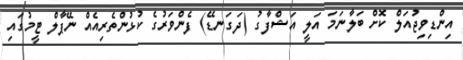
އިންޑިވިޖުއަލް ކޮށް ބަލާނަމަ އަލީ އަޝްފާގު (ދަގަނޑޭ) ފެންވަރުގެ ކުުޅުންތެރިއެއް ނޭޕާލް ޓީމުގައި